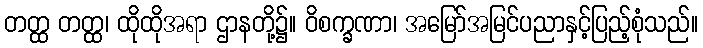
တတ္ထ တတ္ထ၊ ထိုထိုအရာ ဌာနတို့၌။ ဝိစက္ခဏာ၊ အမြော်အမြင်ပညာနှင့်ပြည့်စုံသည်။